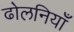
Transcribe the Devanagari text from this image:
ढोलनियाँ